Problem: 5 × 11 = ?
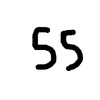
Handwritten answer: 55